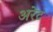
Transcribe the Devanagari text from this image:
अरेट